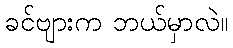
ခင်ဗျားက ဘယ်မှာလဲ။